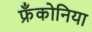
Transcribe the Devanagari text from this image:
फ्रँकोनिया